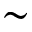
\sim